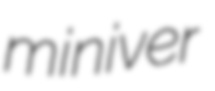
miniver